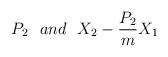
LaTeX: \begin{align*}P_2\,\,\,\, and \,\,\,\, X_2-\frac{P_2}{m}X_1\end{align*}